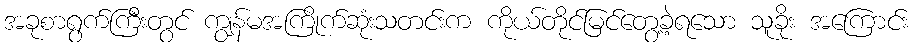
အခုစာရွက်ကြီးတွင် ကျွန်မအကြိုက်ဆုံးသတင်းက ကိုယ်တိုင်မြင်တွေ့ခဲ့ရသော သူခိုး အကြောင်း